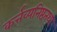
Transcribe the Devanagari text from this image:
कर्त्तव्यनिष्ठतथा